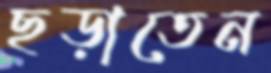
ছড়াতেন